Senior Leaving Certificate Examination (including Day School Certificate (Higher) General paper), 1947
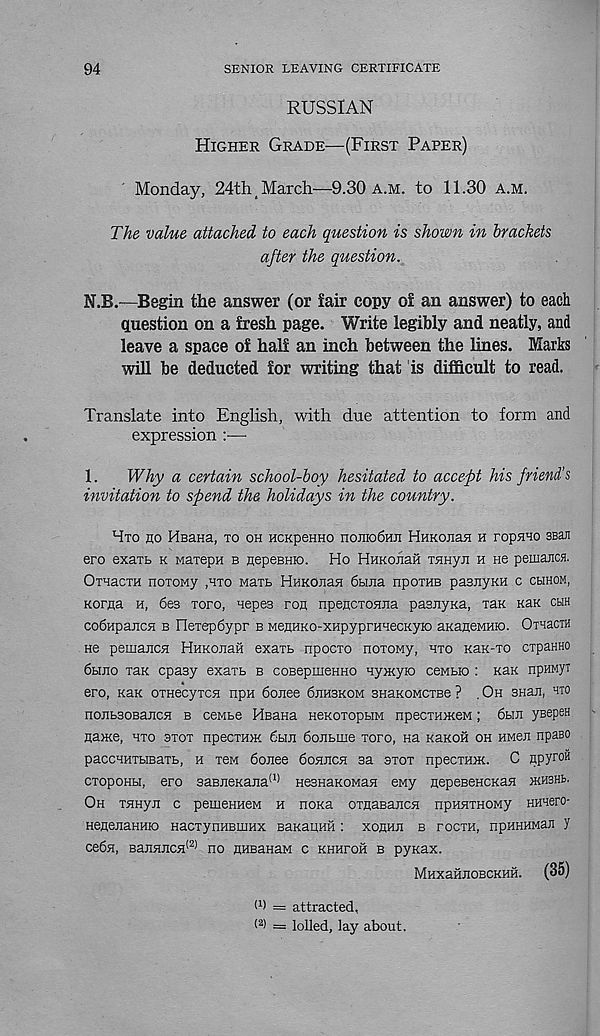
94
SENIOR LEAVING CERTIFICATE
RUSSIAN
Higher Grade—(First Paper)
Monday, 24th j March—9.30 a.m. to 11.30 a.m.
The value attached to each question is shown in brackets
after the question.
N.B.—Begin the answer (or fair copy of an answer) to each
question on a fresh page. Write legibly and neatly, and
leave a space of half an inch between the lines. Marks
will be deducted for writing that is difficult to read.
Translate into English, with due attention to form and
expression :—-
1.
Why a certain school-boy hesitated to accept his friend’s
invitation to spend the holidays in the country.
Hto ho Heana, to oh HCKpeHHO noJiK>6HJi HnKonaa h ropnao 3B3JI
ero exatb k warepH b nepeBHio. Ho HmcohaH THHyji h ho pemajicn.
OxnacTH noxoMy ,hto Mart HnKOnaa 6t>iJia npoxnB pasnyKH c chhom,
Korna h, 6e3 xoro, nepes ron npencxoHJia pasiiyKa, xan naK cuh
co6HpajicH b nexep6ypr b MennKO-XHpyprHHecKyio aKaneMHio. OxHaciH
He pemaiiCH HHKOJiaii exaxb npocxo noxoMy, hto KaK-xo cxpanHO
6bmo thk cpasy exaxb b coBepmeHHo nymyio ceMbio : kzlk npHMyi
ero, Kax oxHecyxcn npn 6onee 6jih3kom snaKOMCTBe ? . Oh snaji, hto
nojibsoBancH b cewbe HBana HeKoxopbM npecxHiKeM; 6hji ysepeH
naiKe, hto 9TOT npecxHiK 6bui 6ojibme xoro, Ha naKOH oh HMen npaeo
paccHHTHBaxb, h xen 6onee 6o5ijich sa axox npecxHiK. C npyroH
cxopoHbi, ero 3aBJieKana (1) HesnaKOMaH eny nepeBeHCKaa ikhshb.
Oh THHyji c pemeHHeM h noxa oxnaBanca npHaxHOMy Hunero-
HeneaaHHio HacxynHBmux BaKaiiHH: xohhh b tocth, npHHHMaJi y
ce6a, BanaHca (2) no nnsaHaM c rkhtoh b pyxax.
MHXaHHOBCKHH. (35)
l 1 ) = attracted,
(2 ) = lolled, lay about.